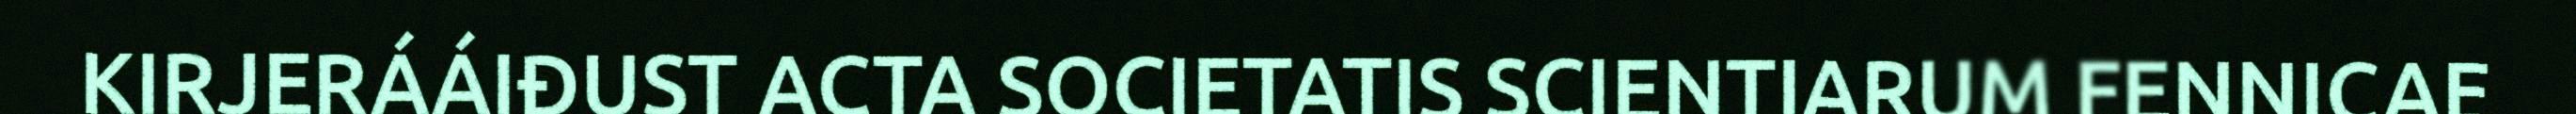
KIRJERÁÁIĐUST ACTA SOCIETATIS SCIENTIARUM FENNICAE